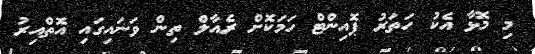
މި މޮޅާ އެކު ހަތަރު ޕޮއިންޓް ހަމަކޮށް ރެއާލް ތިން ވަނައިގައި އޮތްއިރު